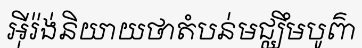
អ៊ីរ៉ង់និយាយថាតំបន់មជ្ឈឹមបូព៌ា